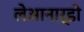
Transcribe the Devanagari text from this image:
लेआनार्डो